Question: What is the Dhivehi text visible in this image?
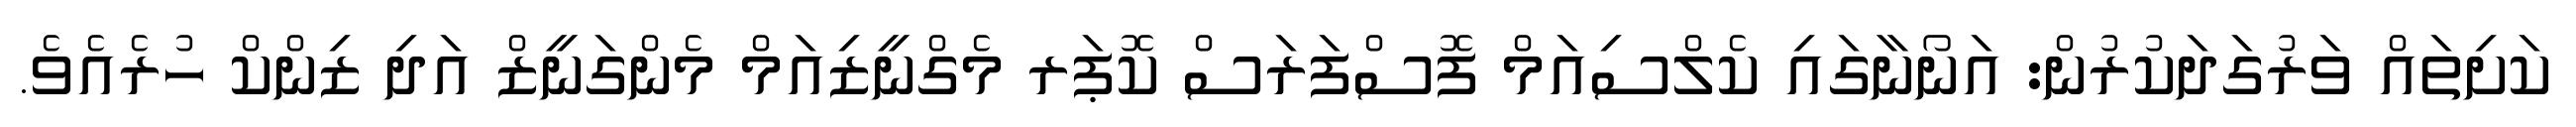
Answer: ކަށިތައް ވަރުގަދަކުރުން: އަނޯނާގައި ކެލްސިއަމް ފޮސްފަރަސް ކޮޕަރ މެގްނީޒިއަމް މެންގަނީޒް އަދި ޒިންކް ހުރެއެވެ.